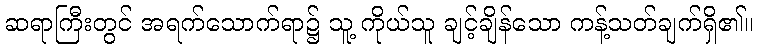
ဆရာကြီးတွင် အရက်သောက်ရာ၌ သူ့ ကိုယ်သူ ချင့်ချိန်သော ကန့်သတ်ချက်ရှိ၏။